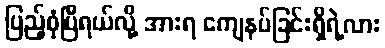
ပြည့်စုံပြီရယ်လို့ အားရ ကျေနပ်ခြင်းရှိရဲ့လား